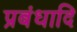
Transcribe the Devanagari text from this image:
प्रबंधादि